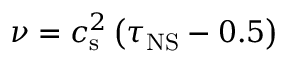
\nu = c _ { \mathrm { s } } ^ { 2 } \left( \tau _ { \mathrm { N S } } - 0 . 5 \right)